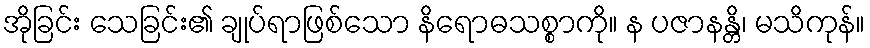
အိုခြင်း သေခြင်း၏ ချုပ်ရာဖြစ်သော နိရောဓသစ္စာကို။ န ပဇာနန္တိ၊ မသိကုန်။